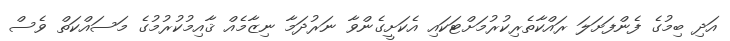
އަދި ބިމުގެ ފެންފަށަލަ ރައްކާތެރިކުރުމަށްޓަކައި އެކަށީގެންވާ ނަރުދަމާ ނިޒާމެއް ޤާއިމުކުރުމުގެ މަސައްކަތް ވެސް